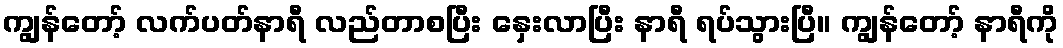
ကျွန်တော့် လက်ပတ်နာရီ လည်တာစပြီး နှေးလာပြီး နာရီ ရပ်သွားပြီ။ ကျွန်တော့် နာရီကို